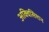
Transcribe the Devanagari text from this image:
अक्विसिशन